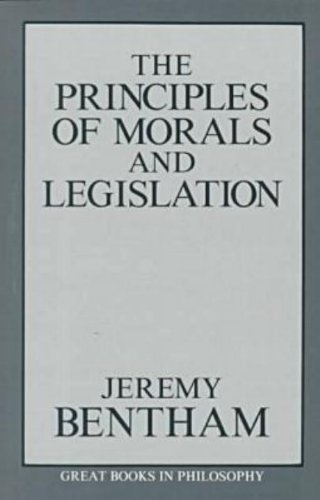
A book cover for The Principles of Morals and Legislation (Great Books in Philosophy); Jeremy Bentham; Law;